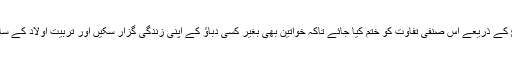
ضرورت اس امر کی ہے کہ حکومتی سطح پر درسی کتب اور ذرائع ابلاغ کے ذریعے اس صنفی تفاوت کو ختم کیا جائے تاکہ خواتین بھی بغیر کسی دباﺅ کے اپنی زندگی گزار سکیں اور تربیت اولاد کے ساتھ ساتھ معاشرتی اصلاح اور معاشی خوشحالی میں اپنا کردار ادا کر سکیں۔